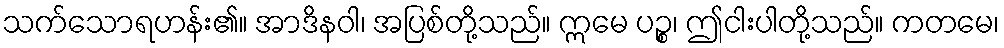
သက်သောရဟန်း၏။ အာဒိနဝါ၊ အပြစ်တို့သည်။ ဣမေ ပဉ္စ၊ ဤငါးပါတို့သည်။ ကတမေ၊